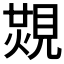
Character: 𧡙